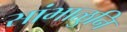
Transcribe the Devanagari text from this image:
सांभाळुनि